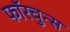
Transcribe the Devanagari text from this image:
फॉरचुन्स